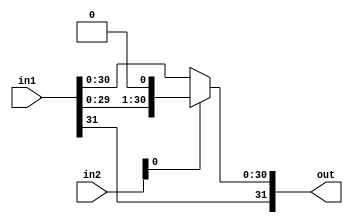
module sla (
    in1,
    in2,
    out
);
  input [31:0] in1;
  input [31:0] in2;
  output [31:0] out;

  assign out = in2[0] == 1 ? {in1[31], in1[29:0], 1'b0} : in1;
endmodule